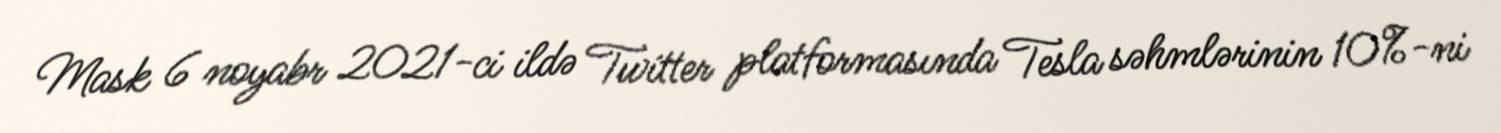
Mask 6 noyabr 2021-ci ildə Twitter platformasında Tesla səhmlərinin 10%-ni